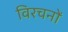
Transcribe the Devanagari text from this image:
विरचनों